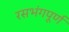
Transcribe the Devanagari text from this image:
रसभंगपूर्ण